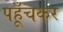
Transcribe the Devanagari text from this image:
पहूँचकर